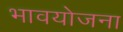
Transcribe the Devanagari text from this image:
भावयोजना